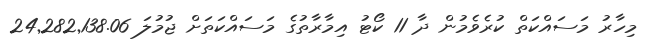
މިހާރު މަސައްކަތް ކުރެވެމުން ދާ 11 ކޯޓު އިމާރާތުގެ މަސައްކަތަށް ޖުމުލަ 24